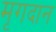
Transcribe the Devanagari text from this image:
मृगदान